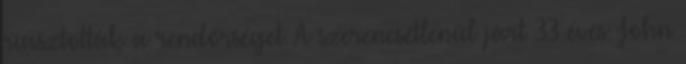
riasztották a rendőrséget. A szerencsétlenül járt 33 éves John